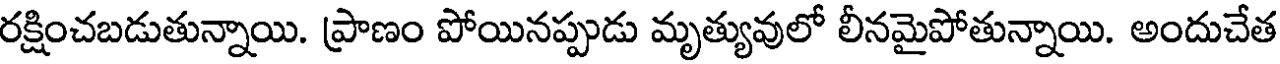
రక్షించబడుతున్నాయి. ప్రాణం పోయినప్పుడు మృత్యువులో లీనమైపోతున్నాయి. అందుచేత